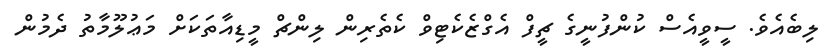
ލިބެއެވެ. ސީވީއެސް ކުންފުނީގެ ޗީފް އެގްޒެކެޓިވް ކެތެރިން ލިންޗް މީޑިއާތަކަށް މަޢުލޫމާތު ދެމުން